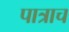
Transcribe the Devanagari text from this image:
पात्राच